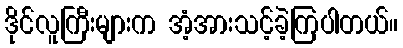
ဒိုင်လူကြီးများက အံ့အားသင့်ခဲ့ကြပါတယ်။